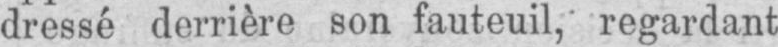
dressé derrière son fauteuil, regardant